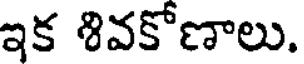
ఇక శివకోణాలు.